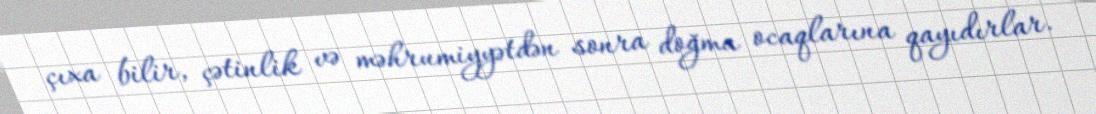
çıxa bilir, çətinlik və məhrumiyyətdən sonra doğma ocaqlarına qayıdırlar.